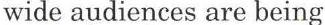
wide audiences are being